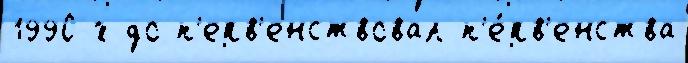
1990-х до п'ерв'енствовал п'е́рв'енства